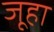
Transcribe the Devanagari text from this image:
जूहा